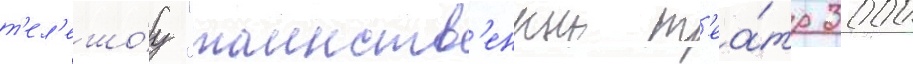
т'ел'ешо́у "таинств'енныи т'еа́тр 3000